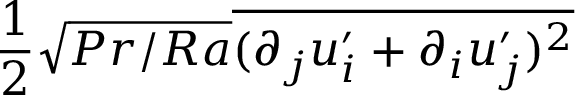
\frac { 1 } { 2 } \sqrt { P r / R a } \overline { { ( \partial _ { j } u _ { i } ^ { \prime } + \partial _ { i } u _ { j } ^ { \prime } ) ^ { 2 } } }